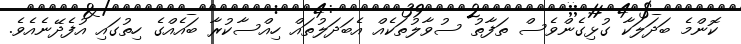
ކޮންމެ ބަދަލަކާ ގުޅިގެންވެސް ތަފާތު ސުވާލުތަކެއް އެބަދަލުތައް ހިއްސާކުރާ ބައެއްގެ ހިތުގައި އުފެދޭނެއެވެ.